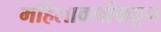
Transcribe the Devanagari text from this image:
महिलावर्गाकडून